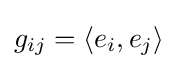
g_{ij}=\langle e_{i},e_{j}\rangle